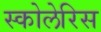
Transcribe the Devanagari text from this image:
स्कोलेरिस